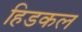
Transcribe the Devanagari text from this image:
हिडकल